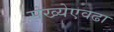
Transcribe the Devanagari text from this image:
संख्येएवढा